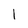
Character: 1